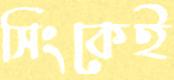
সিংকেই